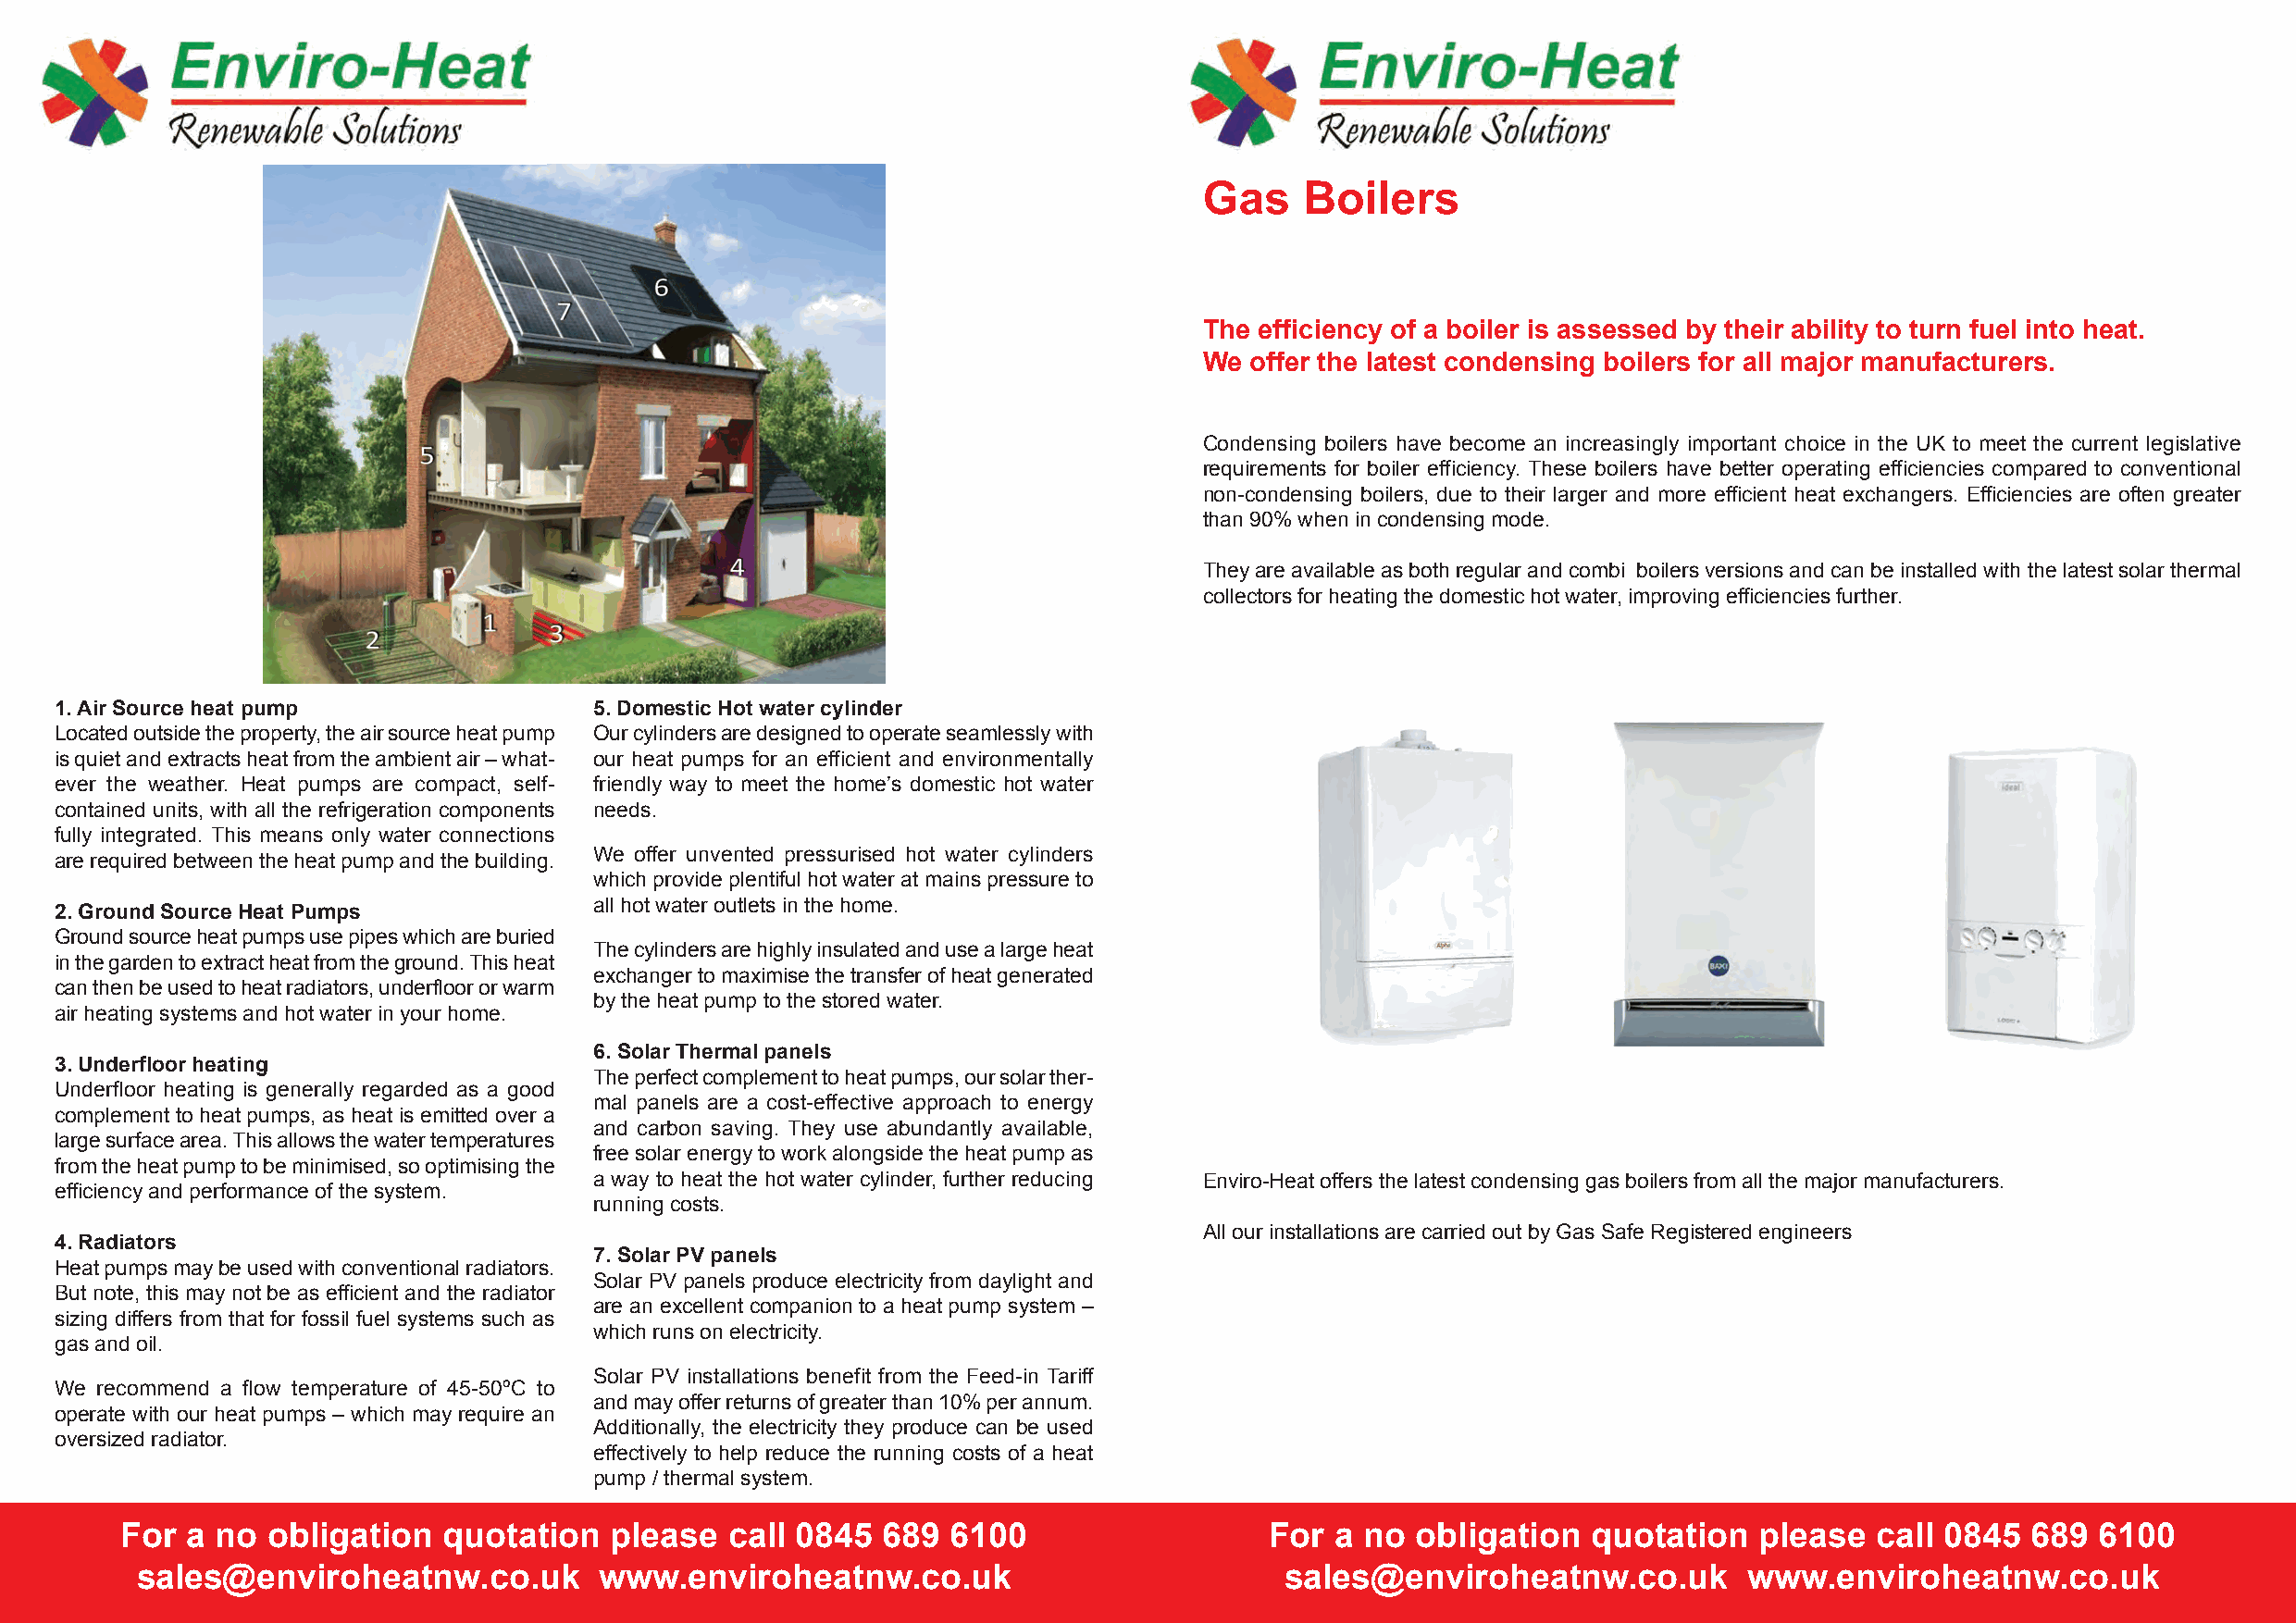
Gas    Boilers
 The efficiency of a boiler is assessed by their ability to turn fuel into heat.
 We offer the latest condensing boilers for all major manufacturers.
 Condensing boilers have become an increasingly important choice in the UK to meet the current legislative
 requirements for boiler efficiency. These boilers have better operating efficiencies compared to conventional
 non-condensing boilers, due to their larger and more efficient heat exchangers. Efficiencies are often greater
 than 90% when in condensing mode.
 They are available as both regular and combi boilers versions and can be installed with the latest solar thermal
 collectors for heating the domestic hot water, improving efficiencies further.
 1. Air Source heat pump               5. Domestic Hot water cylinder
 Located outside the property, the air source heat pump Our cylinders are designed to operate seamlessly with
 is quiet and extracts heat from the ambient air – what- our heat pumps for an efficient and environmentally
 ever the weather. Heat pumps are compact, self- friendly way to meet the home’s domestic hot water
 contained units, with all the refrigeration components needs.
 fully integrated. This means only water connections
 We offer unvented pressurised hot water cylinders
 are required between the heat pump and the building.
 which provide plentiful hot water at mains pressure to
 all hot water outlets in the home.
 2. Ground Source Heat Pumps
 Ground source heat pumps use pipes which are buried
 The cylinders are highly insulated and use a large heat
 in the garden to extract heat from the ground. This heat
 exchanger to maximise the transfer of heat generated
 can then be used to heat radiators, underfloor or warm
 by the heat pump to the stored water.
 air heating systems and hot water in your home.
 6. Solar Thermal panels
 3. Underfloor heating
 The perfect complement to heat pumps, our solar ther-
 Underfloor heating is generally regarded as a good
 mal panels are a cost-effective approach to energy
 complement to heat pumps, as heat is emitted over a
 and carbon saving. They use abundantly available,
 large surface area. This allows the water temperatures
 free solar energy to work alongside the heat pump as
 from the heat pump to be minimised, so optimising the
 a way to heat the hot water cylinder, further reducing Enviro-Heat offers the latest condensing gas boilers from all the major manufacturers.
 efficiency and performance of the system.
 running costs.
 All our installations are carried out by Gas Safe Registered engineers
 4. Radiators
 7. Solar PV panels
 Heat pumps may be used with conventional radiators.
 Solar PV panels produce electricity from daylight and
 But note, this may not be as efficient and the radiator
 are an excellent companion to a heat pump system –
 sizing differs from that for fossil fuel systems such as
 which runs on electricity.
 gas and oil.
 Solar PV installations benefit from the Feed-in Tariff
 We recommend a flow temperature of 45-50ºC to
 and may offer returns of greater than 10% per annum.
 operate with our heat pumps – which may require an
 Additionally, the electricity they produce can be used
 oversized radiator.
 effectively to help reduce the running costs of a heat
 pump / thermal system.
 For a no  obligation   quotation   please  call 0845  689  6100                   For a no  obligation   quotation   please  call 0845  689  6100
 sales@enviroheatnw.co.uk         www.enviroheatnw.co.uk                           sales@enviroheatnw.co.uk         www.enviroheatnw.co.uk